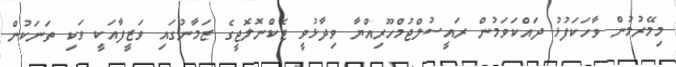
މިމޭރުމުން ވާހަކަފުޅު ދައްކަވަމުން ރައީސުލްޖުމްހޫރިއްޔާ ވިދާޅުވީ ޓެކްނޮލޮޖީގެ ޒަމާނުގައި ވަޒީފާއަކީ ވަކި ތަނަކުން